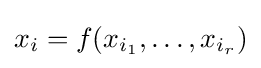
x_{i}=f(x_{i_{1}},\ldots ,x_{i_{r}})